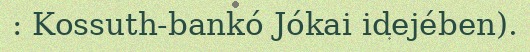
: Kossuth-bankó Jókai idejében).